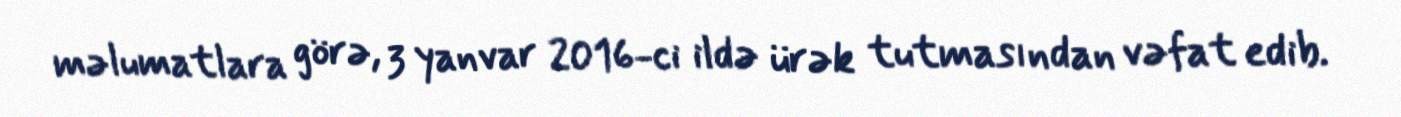
məlumatlara görə, 3 yanvar 2016-ci ildə ürək tutmasından vəfat edib.